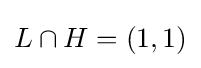
L\cap H=(1,1)